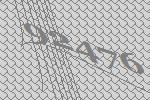
92476